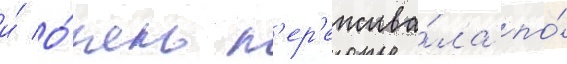
и́ о́чень п'ер'ежива́ла по́